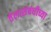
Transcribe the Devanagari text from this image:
तेलासंबंधीच्या